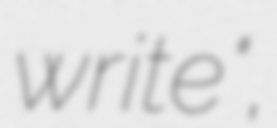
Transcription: write",